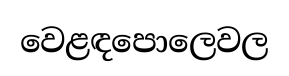
වෙළඳපොලෙවල